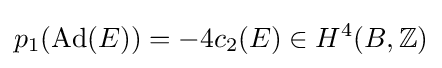
p_{1}(\operatorname {Ad} (E))=-4c_{2}(E)\in H^{4}(B,\mathbb {Z} )